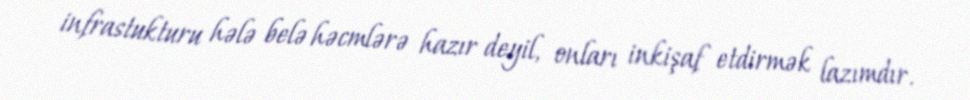
infrastukturu hələ belə həcmlərə hazır deyil, onları inkişaf etdirmək lazımdır.